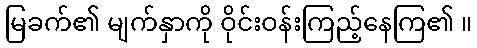
မြခက်၏ မျက်နှာကို ဝိုင်းဝန်းကြည့်နေကြ၏ ။